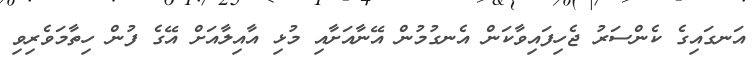
އަނގައިގެ ކެންސަރު ޖެހިފައިވާކަން އެނގުމުން އޭނާއަށާއި މުޅި އާއިލާއަށް އޭގެ ފުން ހިތާމަވެރިވި